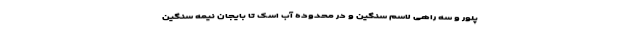
پلور و سه راهی لاسم سنگین و در محدوده آب اسک تا بایجان نیمه سنگین